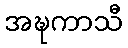
အဍ္ဎကာသီ